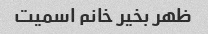
ظهر بخیر خانم اسمیت